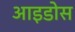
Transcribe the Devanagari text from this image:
आइडोस